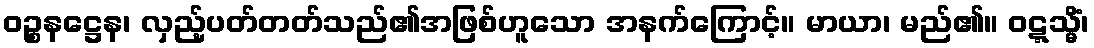
ဝဉ္စနဋ္ဌေန၊ လှည့်ပတ်တတ်သည်၏အဖြစ်ဟူသော အနက်ကြောင့်။ မာယာ၊ မည်၏။ ဝဋ္ဋသ္မိံ၊